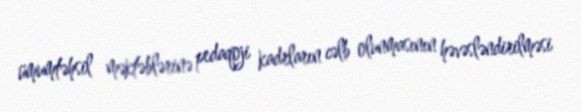
ümumtəhsil məktəblərinə pedaqoji kadrların cəlb olunmasının həvəsləndirilməsi